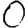
Digit: 0